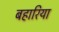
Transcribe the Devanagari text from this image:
बहारिया